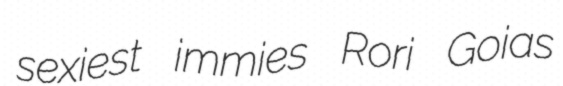
sexiest immies Rori Goias